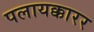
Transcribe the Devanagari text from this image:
पलायक्कारर